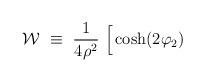
LaTeX: \begin{align*}{\cal W} ~\equiv~ {1 \over 4 \rho^2}~ \Big[\cosh(2 \varphi_2)~\end{align*}